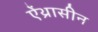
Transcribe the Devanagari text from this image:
ऐंथ्रासीन